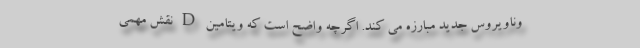
وناویروس جدید مبارزه می کند. اگرچه واضح است که ویتامین D نقش مهمی